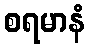
စရမာနံ